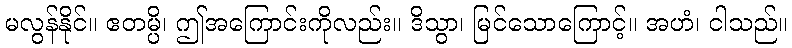
မလွန်နိုင်။ ဧတမ္ပိ၊ ဤအကြောင်းကိုလည်း။ ဒိသွာ၊ မြင်သောကြောင့်။ အဟံ၊ ငါသည်။